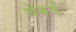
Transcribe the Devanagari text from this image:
चेकर्ड